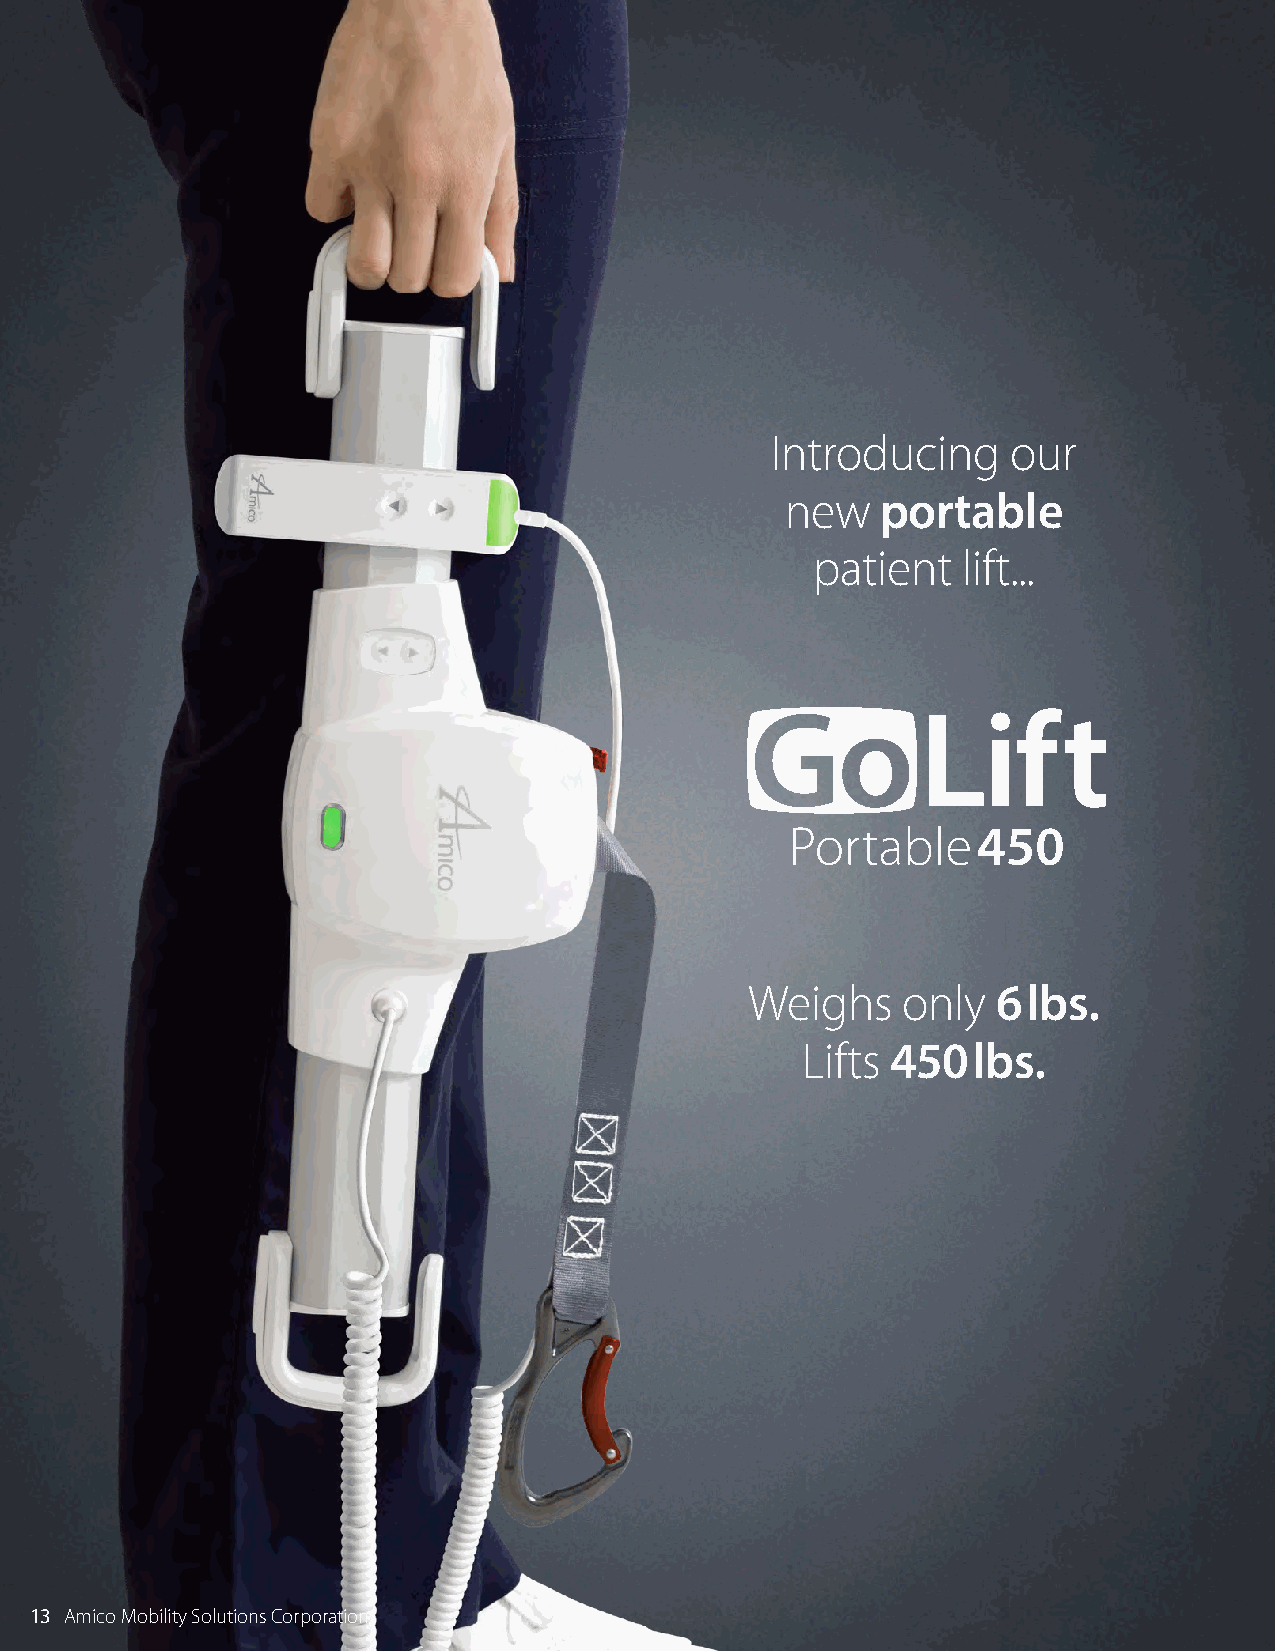
Introducing     our
 new   portable
 patient   lift...
 Portable            450
 Portable     450
 Weighs    only  6lbs.
 Lifts 450lbs.
 13 Amico Mobility Solutions Corporation